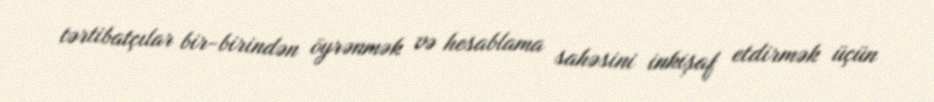
tərtibatçılar bir-birindən öyrənmək və hesablama sahəsini inkişaf etdirmək üçün